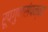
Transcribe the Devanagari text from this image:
रूपगुणसंपन्ना